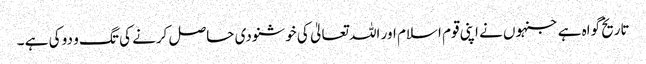
تاریخ گواہ ہے جنہوں نے اپنی قوم اسلام اور اللہ تعالیٰ کی خوشنودی حاصل کرنے کی تگ و دو کی ہے ۔